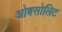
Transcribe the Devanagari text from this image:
ओबसोलिट